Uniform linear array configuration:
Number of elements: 12
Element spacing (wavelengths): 0.5
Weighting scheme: kaiser
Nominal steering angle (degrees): -30
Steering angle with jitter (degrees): -28.906
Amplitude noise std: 0.05
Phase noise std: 0.05

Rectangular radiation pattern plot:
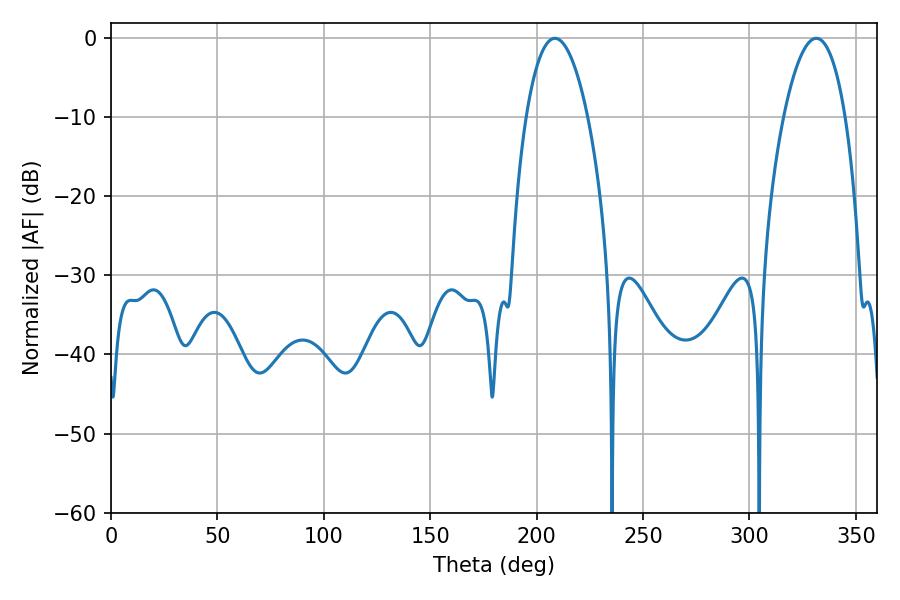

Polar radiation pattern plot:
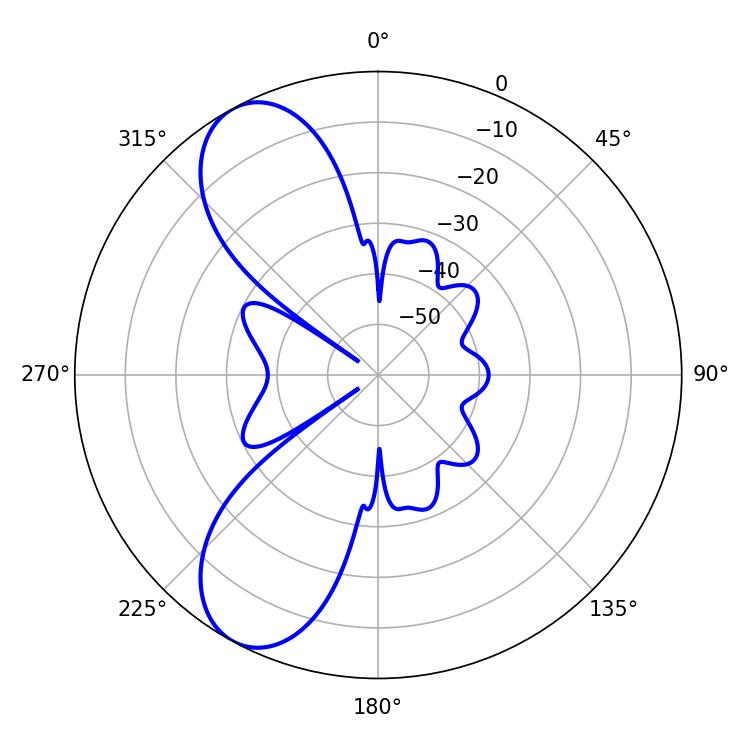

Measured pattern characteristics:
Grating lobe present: FALSE
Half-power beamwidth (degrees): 16.02
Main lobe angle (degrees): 208.62